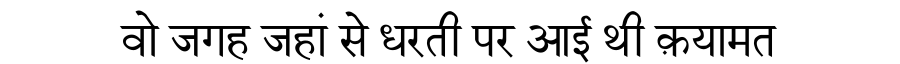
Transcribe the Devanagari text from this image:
वो जगह जहां से धरती पर आई थी क़यामत